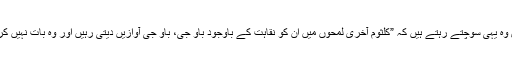
اب بس وہ یہی سوچتے رہتے ہیں کہ ”کلثوم آخری لمحوں میں ان کو نقاہت کے باوجود باؤ جی، باؤ جی آوازیں دیتی رہیں اور وہ بات نہیں کرسکے۔